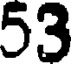
53